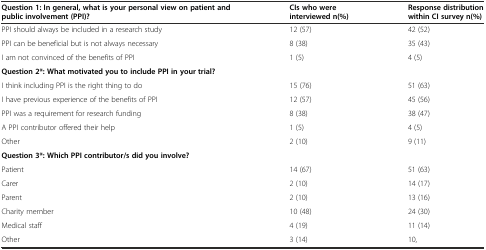
<table><thead><tr><td><b>Question 1: In general, what is your personal view on patient and public involvement (PPI)?</b></td><td><b>CIs who were interviewed n(%)</b></td><td><b>Response distribution within CI survey n(%)</b></td></tr></thead><tbody><tr><td>PPI should always be included in a research study</td><td>12 (57)</td><td>42 (52)</td></tr><tr><td>PPI can be beneficial but is not always necessary</td><td>8 (38)</td><td>35 (43)</td></tr><tr><td>I am not convinced of the benefits of PPI</td><td>1 (5)</td><td>4 (5)</td></tr><tr><td><b>Question 2*: What motivated you to include PPI in your trial?</b></td><td></td><td></td></tr><tr><td>I think including PPI is the right thing to do</td><td>15 (76)</td><td>51 (63)</td></tr><tr><td>I have previous experience of the benefits of PPI</td><td>12 (57)</td><td>45 (56)</td></tr><tr><td>PPI was a requirement for research funding</td><td>8 (38)</td><td>38 (47)</td></tr><tr><td>A PPI contributor offered their help</td><td>1 (5)</td><td>4 (5)</td></tr><tr><td>Other</td><td>2 (10)</td><td>9 (11)</td></tr><tr><td><b>Question 3*: Which PPI contributor/s did you involve?</b></td><td></td><td></td></tr><tr><td>Patient</td><td>14 (67)</td><td>51 (63)</td></tr><tr><td>Carer</td><td>2 (10)</td><td>14 (17)</td></tr><tr><td>Parent</td><td>2 (10)</td><td>13 (16)</td></tr><tr><td>Charity member</td><td>10 (48)</td><td>24 (30)</td></tr><tr><td>Medical staff</td><td>4 (19)</td><td>11 (14)</td></tr><tr><td>Other</td><td>3 (14)</td><td>10,</td></tr></tbody></table>